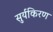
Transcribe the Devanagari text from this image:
सुर्यकिरण